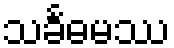
သင်္ခဓမဿ